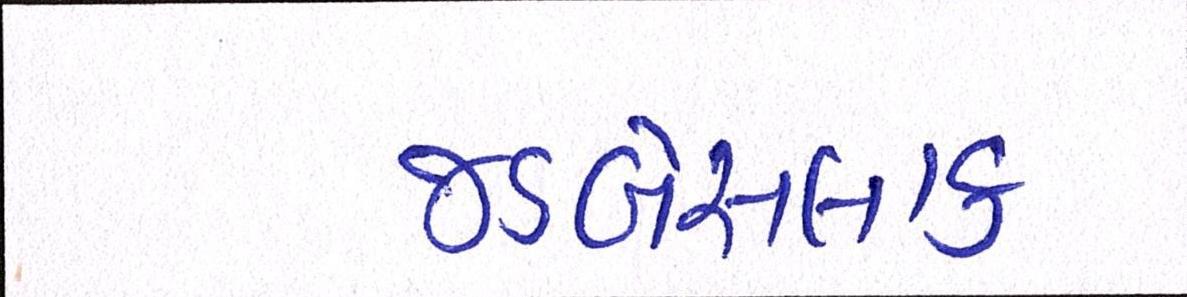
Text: જડબેસલાક